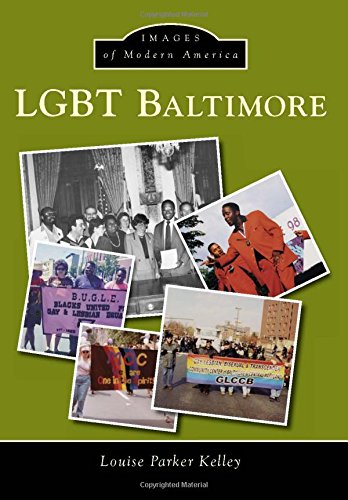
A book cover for LGBT Baltimore (Images of Modern America); Louise Parker Kelley; Gay & Lesbian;